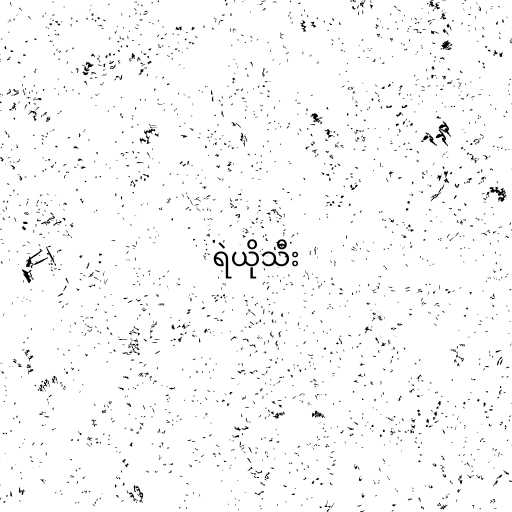
ရဲယိုသီး